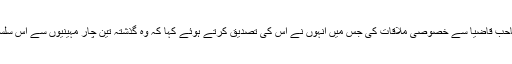
فکروخبر کی ٹیم نے اسی بات کی جانکاری کے لیے خود جناب محمد مزمل صاحب قاضیا سے خصوصی ملاقات کی جس میں انہوں نے اس کی تصدیق کرتے ہوئے کہا کہ وہ گذشتہ تین چار مہینیوں سے اس سلسلہ میں کوششیں کررہے ہیں او ر انہیں امید ہے کہ کانگریس انہیں ٹکٹ دے گی۔